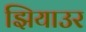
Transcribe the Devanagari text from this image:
झियाउर